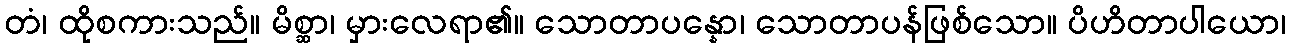
တံ၊ ထိုစကားသည်။ မိစ္ဆာ၊ မှားလေရာ၏။ သောတာပန္နော၊ သောတာပန်ဖြစ်သော။ ပိဟိတာပါယော၊